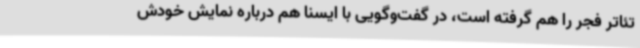
تئاتر فجر را هم گرفته است، در گفت‌وگویی با ایسنا هم درباره نمایش خودش